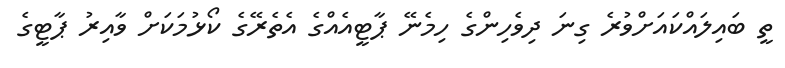
ތީ ބައިލައްކައަށްވުރެ ގިނަ ދިވެހިންގެ ހިމެނޭ ޕާޓީއެއްގެ އެތެރޭގެ ކޯޅުމަކަށް ވާއިރު ޕާޓީގެ